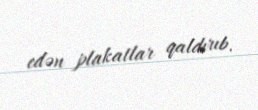
edən plakatlar qaldırıb.